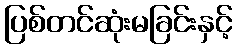
ပြစ်တင်ဆုံးမခြင်းနှင့်